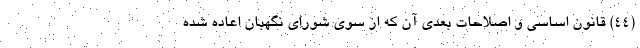
(۴۴) قانون اساسی و اصلاحات بعدی آن که از سوی شورای نگهبان اعاده شده